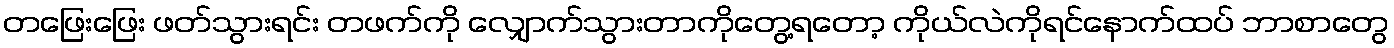
တဖြေးဖြေး ဖတ်သွားရင်း တဖက်ကို လျှောက်သွားတာကိုတွေ့ရတော့ ကိုယ်လဲကိုရင်နောက်ထပ် ဘာစာတွေ